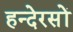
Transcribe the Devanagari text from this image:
हन्देरसों